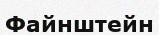
Файнштейн